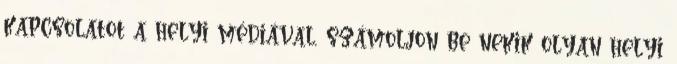
kapcsolatot a helyi médiával, számoljon be nekik olyan helyi